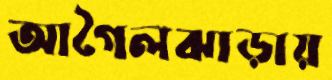
আগৈলঝাড়ায়